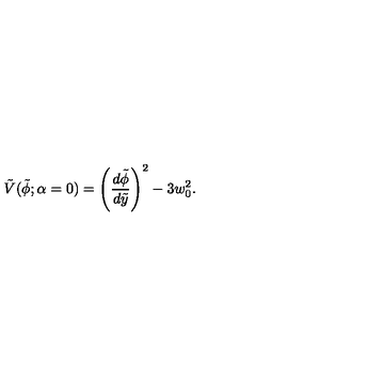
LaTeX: \tilde { V } ( \tilde { \phi } ; { \alpha = 0 } ) = \left( { \frac { d \tilde { \phi } } { d \tilde { y } } } \right) ^ { 2 } - 3 w _ { 0 } ^ { 2 } .